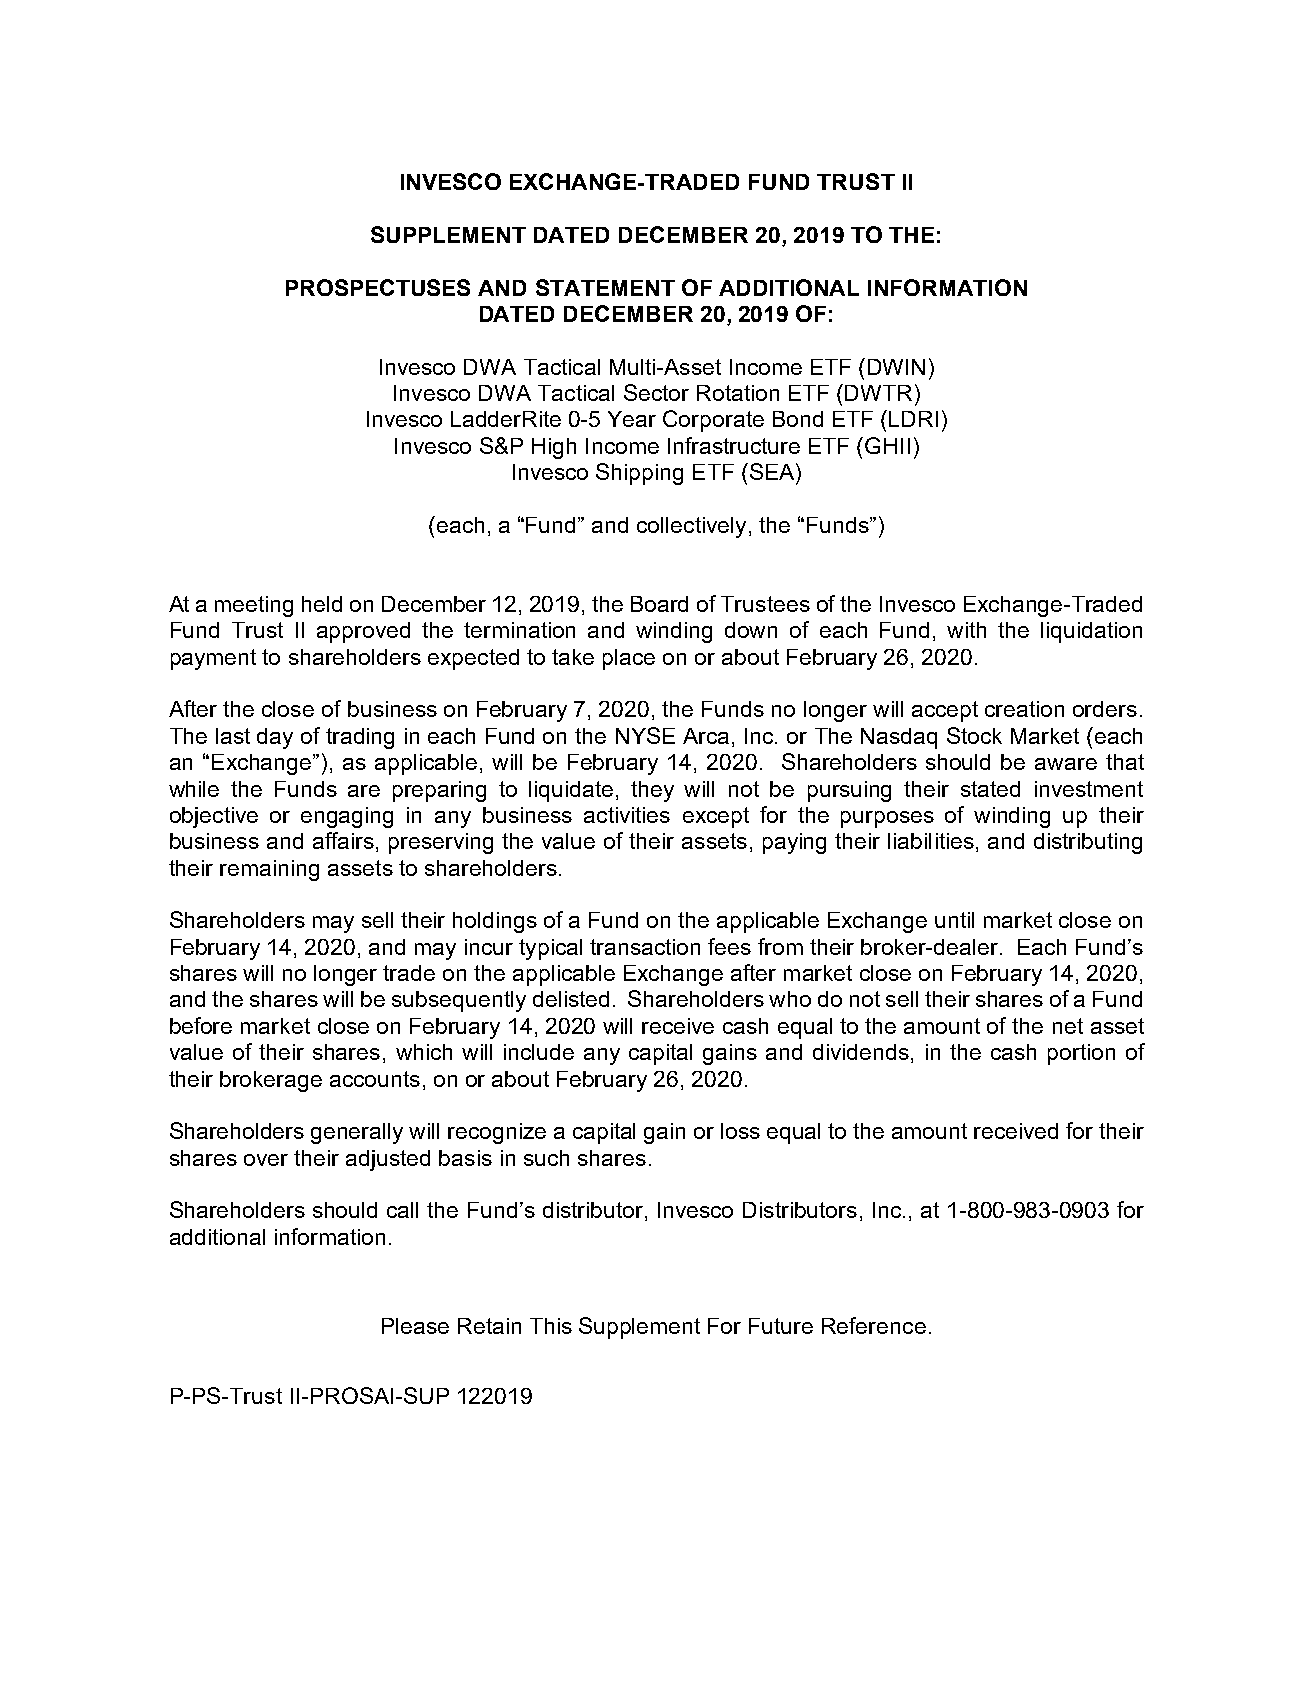
INVESCO EXCHANGE-TRADED FUND TRUST II
 SUPPLEMENT DATED DECEMBER 20, 2019 TO THE:
 PROSPECTUSES AND STATEMENT OF ADDITIONAL INFORMATION
 DATED DECEMBER 20, 2019 OF:
 Invesco DWA Tactical Multi-Asset Income ETF (DWIN)
 Invesco DWA Tactical Sector Rotation ETF (DWTR)
 Invesco LadderRite 0-5 Year Corporate Bond ETF (LDRI)
 Invesco S&P High Income Infrastructure ETF (GHII)
 Invesco Shipping ETF (SEA)
 (each, a “Fund” and collectively, the “Funds”)
 At a meeting held on December 12, 2019, the Board of Trustees of the Invesco Exchange-Traded
 Fund Trust II approved the termination and winding down of each Fund, with the liquidation
 payment to shareholders expected to take place on or about February 26, 2020.
 After the close of business on February 7, 2020, the Funds no longer will accept creation orders.
 The last day of trading in each Fund on the NYSE Arca, Inc. or The Nasdaq Stock Market (each
 an “Exchange”), as applicable, will be February 14, 2020. Shareholders should be aware that
 while the Funds are preparing to liquidate, they will not be pursuing their stated investment
 objective or engaging in any business activities except for the purposes of winding up their
 business and affairs, preserving the value of their assets, paying their liabilities, and distributing
 their remaining assets to shareholders.
 Shareholders may sell their holdings of a Fund on the applicable Exchange until market close on
 February 14, 2020, and may incur typical transaction fees from their broker-dealer. Each Fund’s
 shares will no longer trade on the applicable Exchange after market close on February 14, 2020,
 and the shares will be subsequently delisted. Shareholders who do not sell their shares of a Fund
 before market close on February 14, 2020 will receive cash equal to the amount of the net asset
 value of their shares, which will include any capital gains and dividends, in the cash portion of
 their brokerage accounts, on or about February 26, 2020.
 Shareholders generally will recognize a capital gain or loss equal to the amount received for their
 shares over their adjusted basis in such shares.
 Shareholders should call the Fund’s distributor, Invesco Distributors, Inc., at 1-800-983-0903 for
 additional information.
 Please Retain This Supplement For Future Reference.
 P-PS-Trust II-PROSAI-SUP 122019